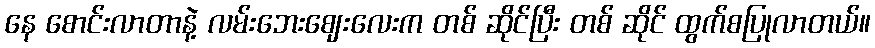
နေ စောင်းလာတာနဲ့ လမ်းဘေးဈေးလေးက တစ် ဆိုင်ပြီး တစ် ဆိုင် ထွက်စပြုလာတယ်။